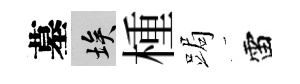
墓埃㮔跼雷